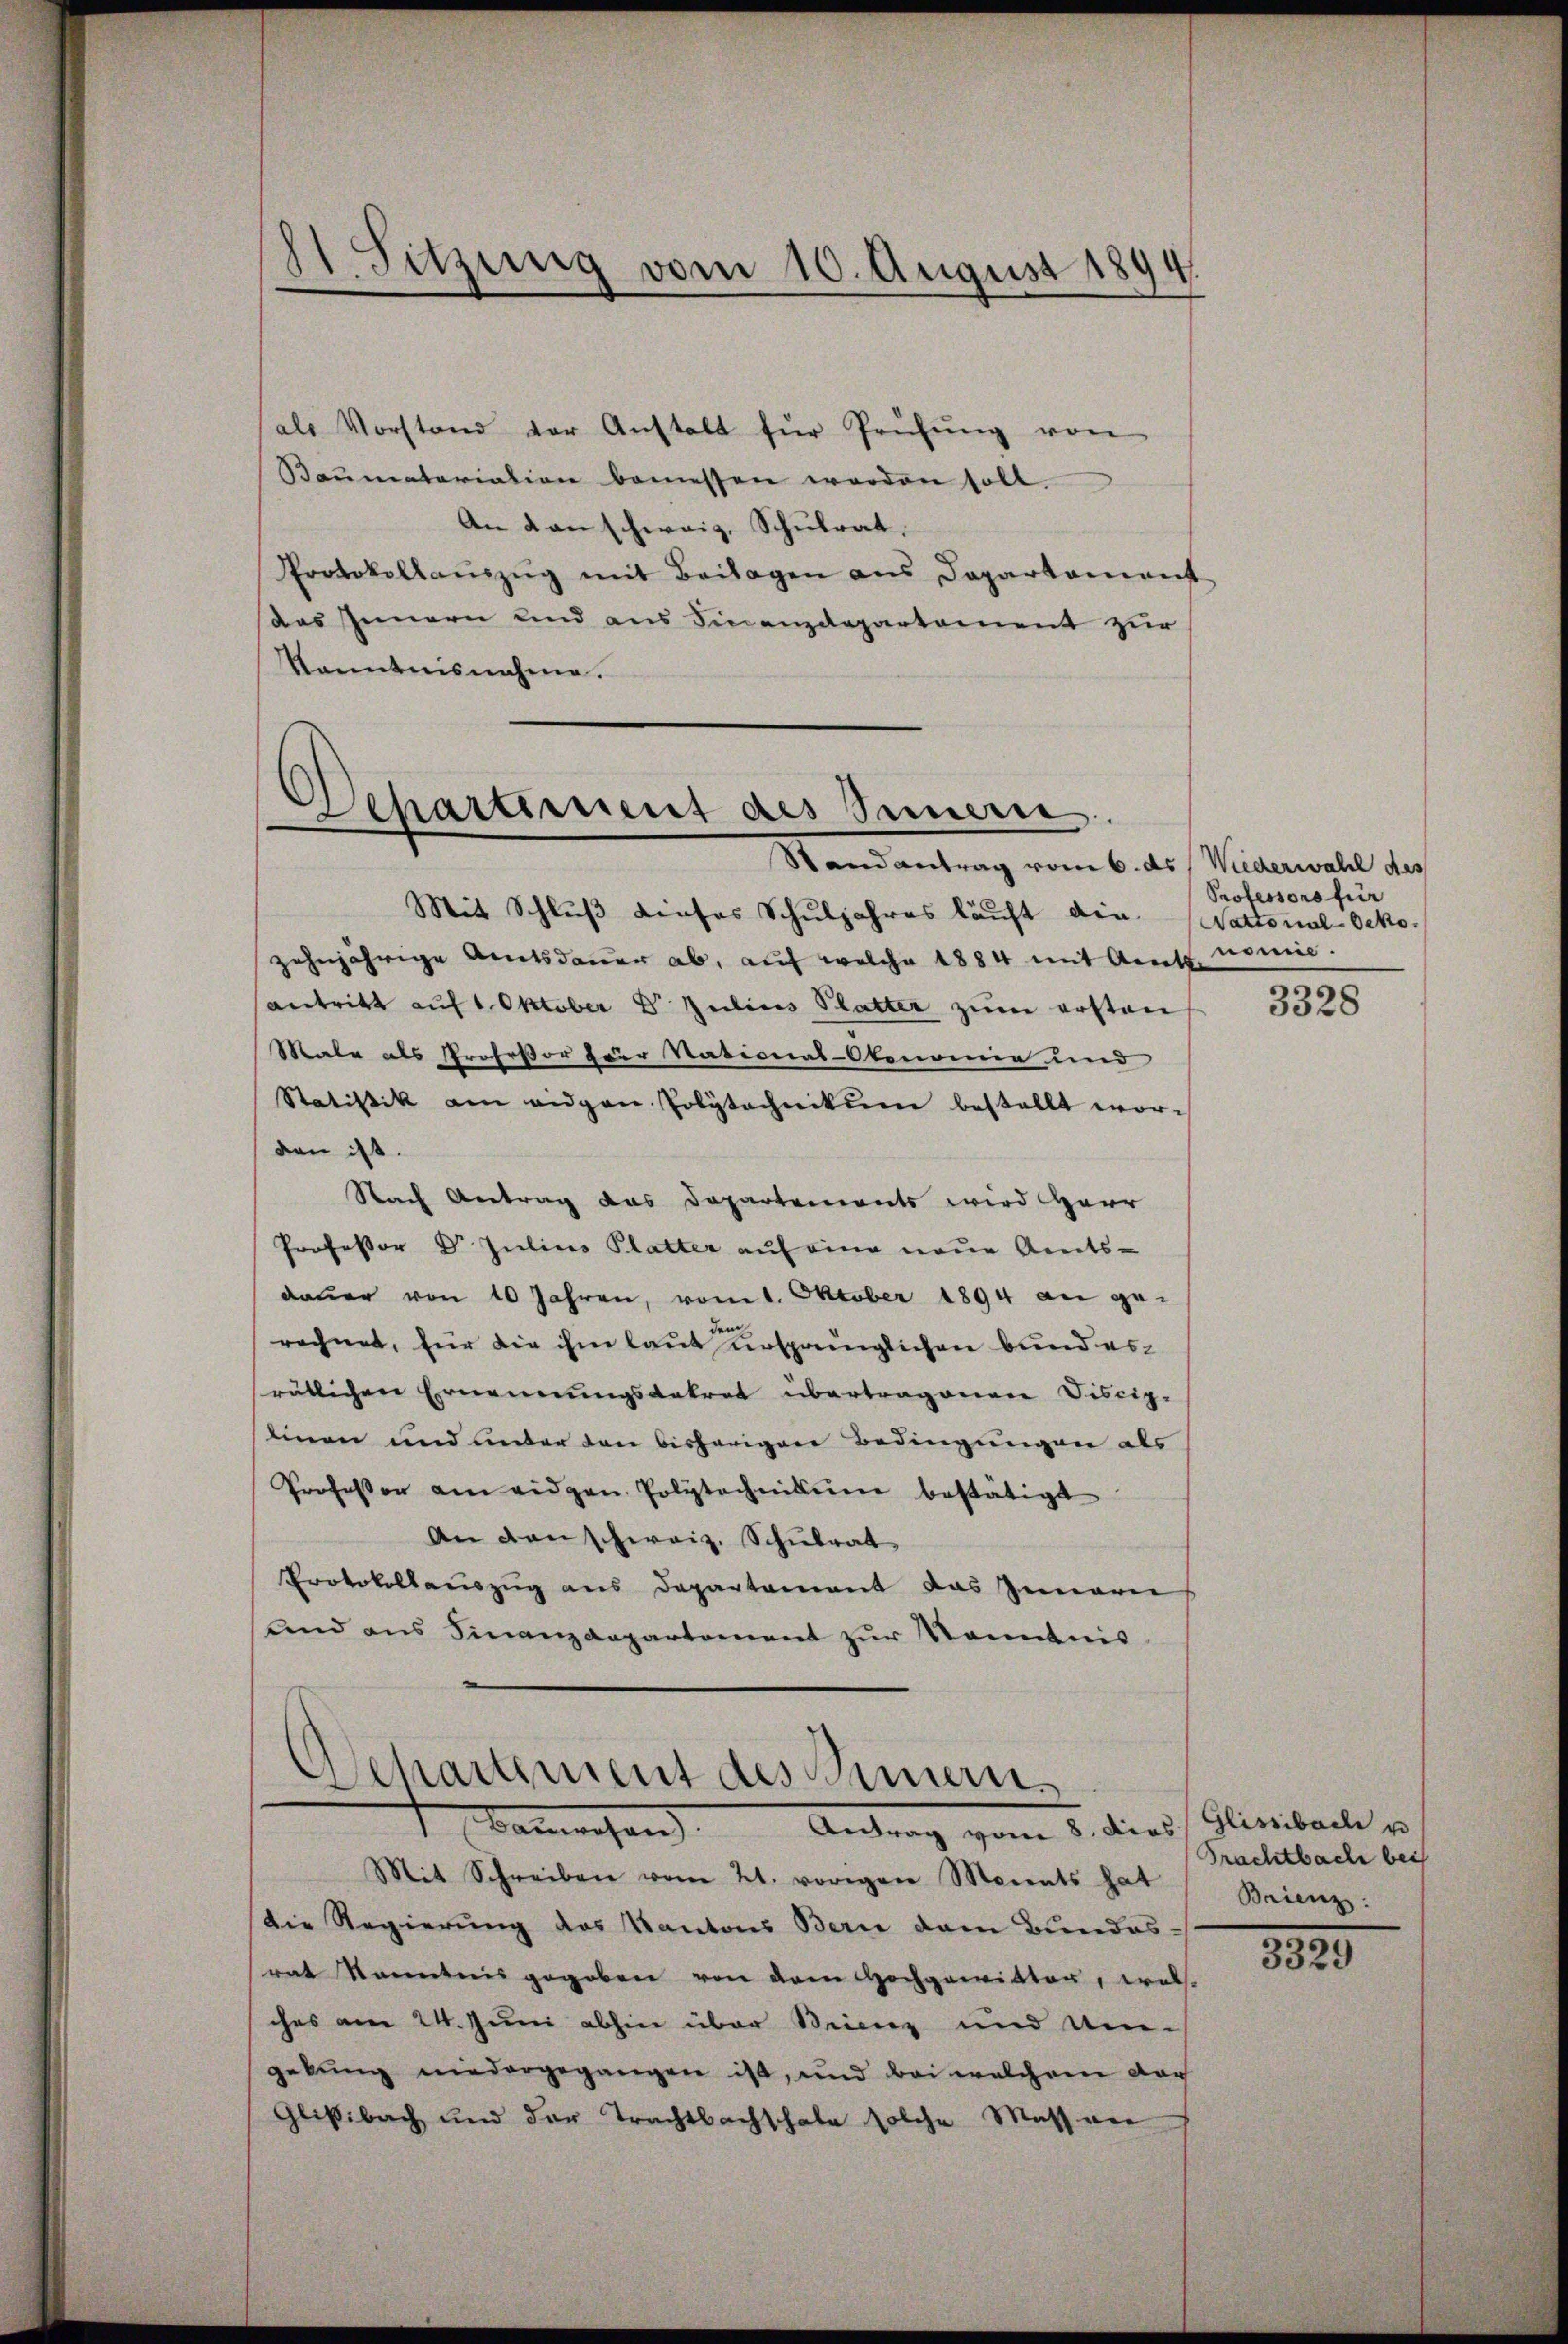
11 Sitzung vom 10. August 1894.

als Vorstand der Anstalt für Prüfŭng von
Baumatariation bemessen worden soll.
An an schweiz, Schulrat,
Protokollaŭszŭg mit Beilagen aus Departanereit
das Innern und aus Finanzdepartement zur
Kenntnisnahme.

Departement des Innern.
Randantrag vom 6. ds. Wiederwahl des

Mit Schluß dieses Schuljahres läuft die (Nattonal-Oeko
zehnjährige Amtsdauer ab, auf welche 1884 mit Amts
antritt auf 1. Oktober Dr. Julius Platter zum ersten
Male als Profeßor Herr National-Okonomie und
Statistik am eidgen Polytechnikum bestellt worden ist.
Nach Antrag das Departements wird Herr
Professor Dr. Julius Platter auf eine neue Amts-
dauer von 10 Jahren, vom 1. Oktober 1894 an ge-
rechnet, für die ihm laut ursprünglichen Bund ersrätlichen Ernennungsdekret übertragenen Discip-
linen und unter den bisherigen Bedingungen als
Professor am eidgen Polytechnikum bestätigt
An den schweiz. Schulrat
Protokollauszug aus Departement das Innerei
und aus Finanzdepartement zur Kenntnis

Separtement des Semen¬
 anwesen. Antrag vom 5. dies

Mit Schreiben vom 21. vorigen Morents hat
Die Regierung des Kantons Bern dem Bundes-
rat kanntnis gegeben von dem Hochgewitter, welches am 24. Juni abhin über Seienz und Um-
gebung niedergegangen ist, und bei welchem dar
Glisibach und der Trachtbachschale solche Massner

Professors für
nomie.

3328

Glissibache u
Prachtbache bei
Brienz

3329